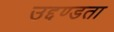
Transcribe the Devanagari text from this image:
उद्दण्डता